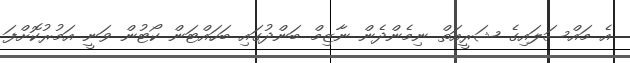
އެ މައްސަލައިގެ ޝަރީއަތް ނިމެންދެން ނާޒިމް ބަންދުގައި ބަހައްޓަން ކޯޓުން ވަނީ އަމުރުކޮށްފަ